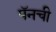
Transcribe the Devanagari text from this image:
पॅनची